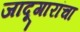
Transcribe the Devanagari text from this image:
जादूगारांचा